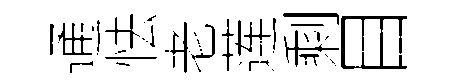
通怯老莲剩目